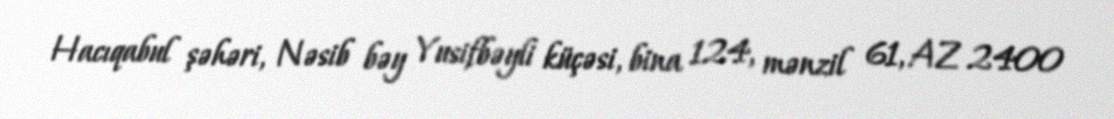
Hacıqabul şəhəri, Nəsib bəy Yusifbəyli küçəsi, bina 124, mənzil 61, AZ 2400